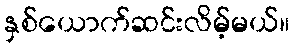
နှစ်ယောက်ဆင်းလိမ့်မယ်။